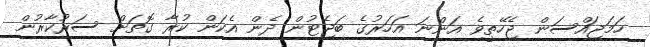
ހަމަޖައްސަން ޖެހޭތީވެ އަންނަ އަހަރުގެ ބަޖެޓުން ދެން އެކަން ކުރާ ގޮތަށް ސަރުކާރުން